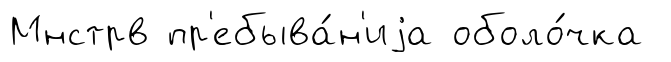
Мнстрв пр'ебыва́н'иjа оболо́чка